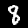
Label: 8